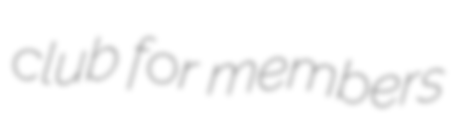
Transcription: club for members